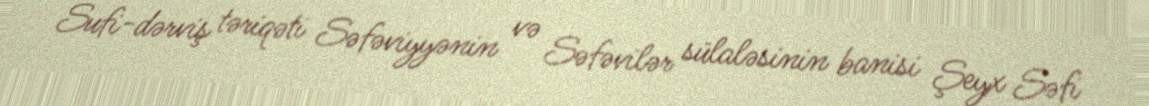
Sufi-dərviş təriqəti Səfəviyyənin və Səfəvilər sülaləsinin banisi Şeyx Səfi